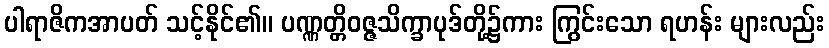
ပါရာဇိကအာပတ် သင့်နိုင်၏။ ပဏ္ဏတ္တိဝဇ္ဇသိက္ခာပုဒ်တို့၌ကား ကြွင်းသော ရဟန်း များလည်း